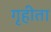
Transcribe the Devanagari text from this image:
गृहीता